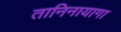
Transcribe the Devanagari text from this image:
तानिनायागा